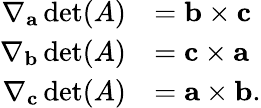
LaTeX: {\begin{array}{rl}{\nabla_{\mathbf{a}}\operatorname*{det}(A)}&{=\mathbf{b}\times\mathbf{c}}\\ {\nabla_{\mathbf{b}}\operatorname*{det}(A)}&{=\mathbf{c}\times\mathbf{a}}\\ {\nabla_{\mathbf{c}}\operatorname*{det}(A)}&{=\mathbf{a}\times\mathbf{b}.}\end{array}}